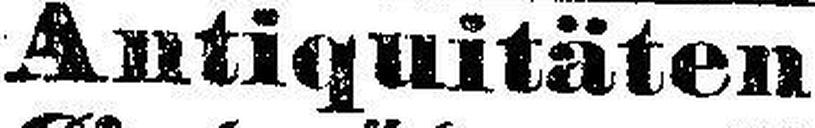
Antiquitäten